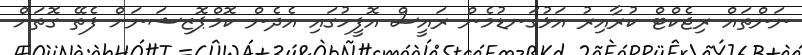
ނަންތައް ރިޖެކްޓް ކުރާއިރު އަޅުގަނޑުމެން ރައީސް އޮފީހުގައި އެދެން ކޮމްޕޮޒިޝަނަށް ފެތޭ ގޮތަށް